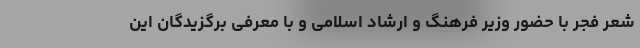
شعر فجر با حضور وزیر فرهنگ و ارشاد اسلامی و با معرفی برگزیدگان این